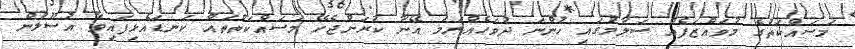
މަސައްކަތުގެ މުވައްޒަފެއް ސަލާމުގައި ހުންނަ ދުވަހެއްނަމަ އޭނާ ކުރަންޖެހޭ މަސައްކަތްތައް ކަނޑައެޅިފައިވާ އުސޫލުން